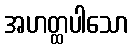
အဟတ္ထပါသော